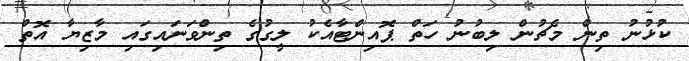
ކުޅުނު ތިން މެޗުން ލިބުނު ހަތް ޕޮއިންޓާއެކު ލީގުގެ ތިންވަނައިގައި މާޒިޔާ އޮތް